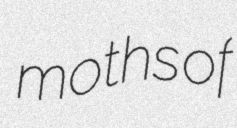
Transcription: moths of